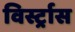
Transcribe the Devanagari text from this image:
विर्स्ट्रास